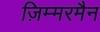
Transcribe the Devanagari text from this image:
ज़िम्मरमैन